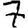
Digit: 7